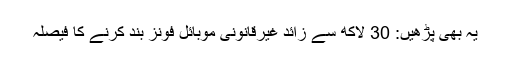
یہ بھی پڑھیں: 30 لاکھ سے زائد غیرقانونی موبائل فونز بند کرنے کا فیصلہ